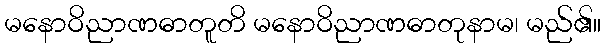
မနောဝိညာဏဓာတူတိ မနောဝိညာဏဓာတုနာမ၊ မည်၏။